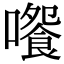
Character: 𡁄